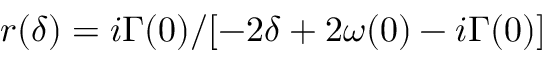
r ( \delta ) = i \Gamma ( 0 ) / [ - 2 \delta + 2 \omega ( 0 ) - i \Gamma ( 0 ) ]